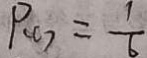
P _ { C } = \frac { 1 } { 6 }